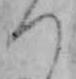
つ